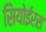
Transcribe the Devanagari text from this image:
सियोईरस